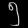
Digit: ၅